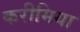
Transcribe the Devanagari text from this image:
करीमिया